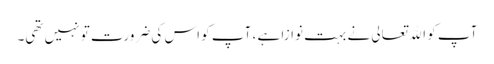
آپ کو اﷲتعالی نے بہت نوازا ہے ، آپ کو اس کی ضرورت تو نہیں تھی۔